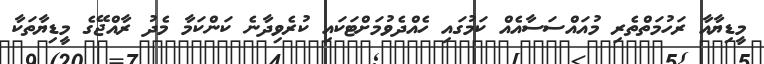
މީޑިޔާއާ ރަހުމަތްތެރި މުއައްސަސާއެއް ކަމުގައި ހެއްދެވުމަށްޓަކައި ކުރެވިދާނެ ކަންކަމާ މެދު ރާއްޖޭގެ މީޑިޔާތަކާ